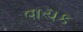
વાચક